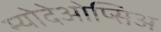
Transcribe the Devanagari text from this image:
म्योदेओप्सिअ